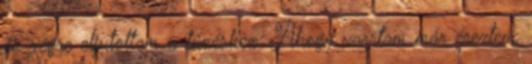
és végre eljutottam a tűzéshez. Ahogy varrtam már éreztem,